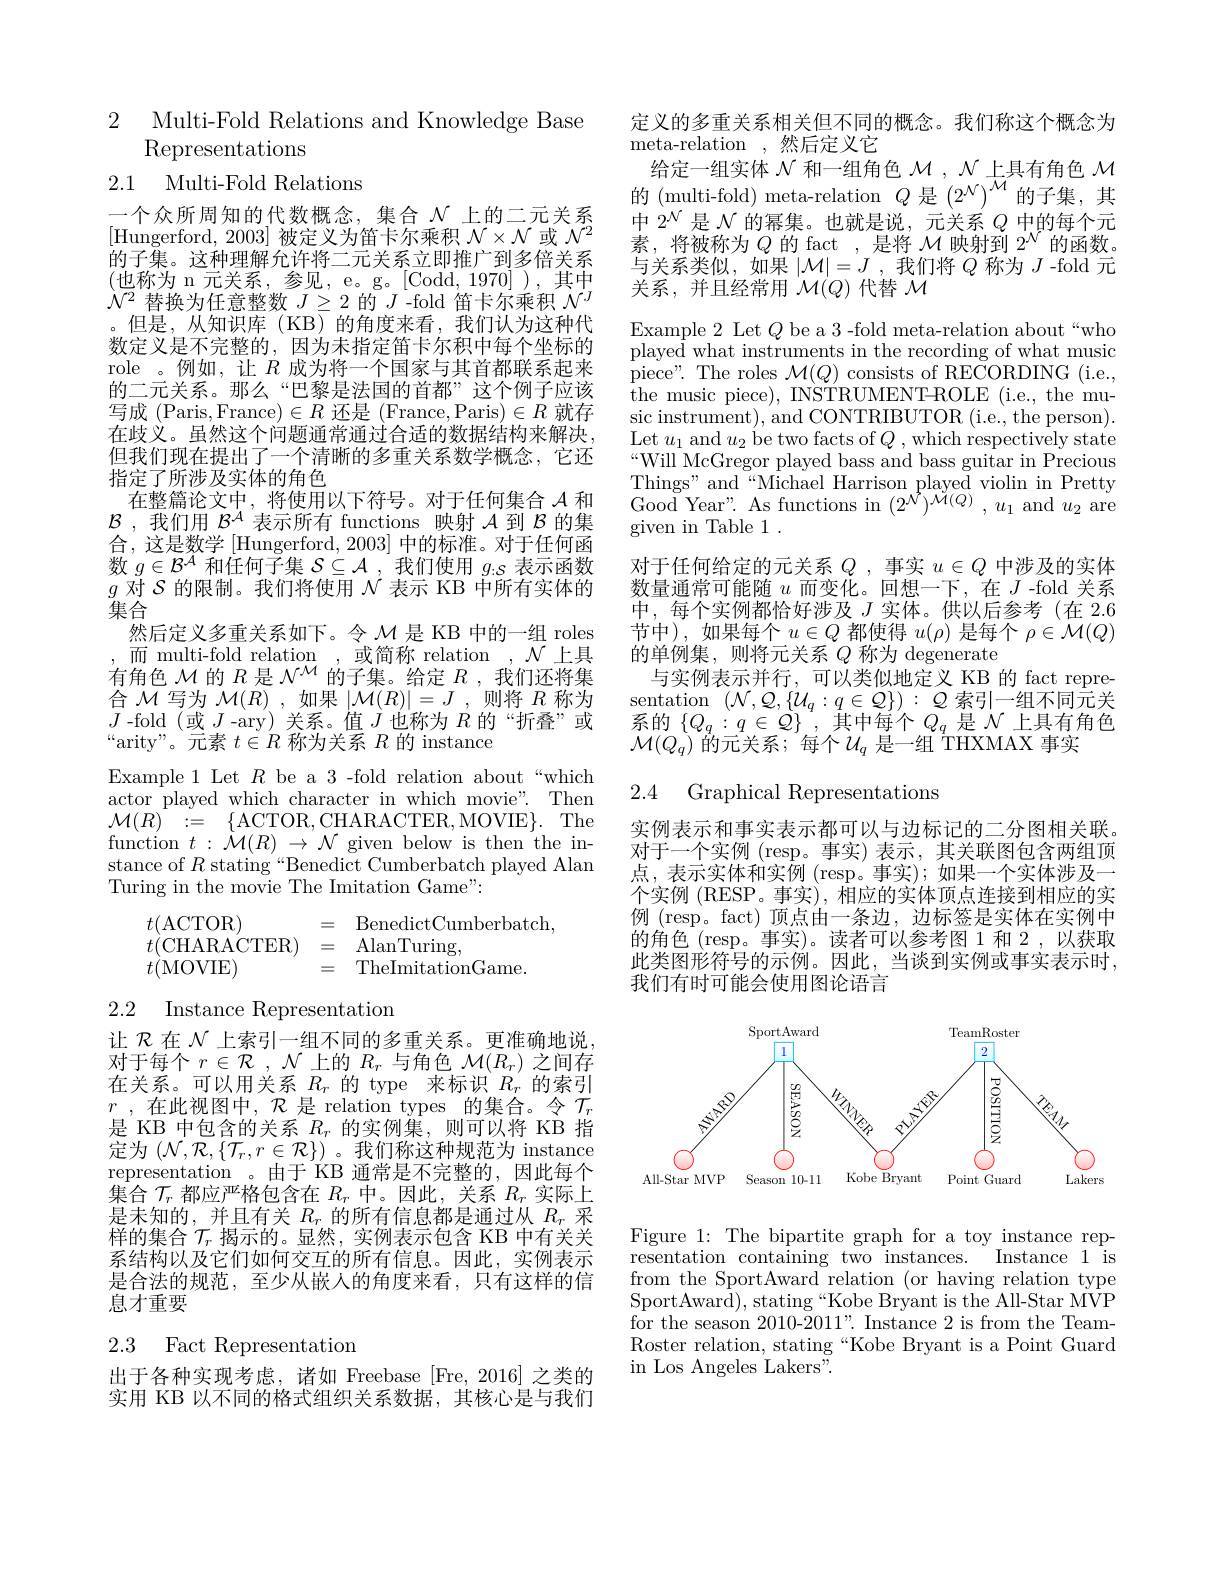
2 Multi-Fold Relations and Knowledge Base
# Representations 2.1 Multi-Fold Relations

一个众所周知的代数概念，集合$\mathcal{N}$上的二元关系[Hungerford, 2003] 被定义为笛卡尔乘积$\mathcal{N}\times\mathcal{N}$或$\mathcal{N}^2$ 的子集。这种理解允许将二元关系立即推广到多倍关系(也称为 n 元关系，参见，e。g。[Codd,1970]),其中$\mathcal{N}^2$替换为任意整数$J\geq2$的$J$ -fold 笛卡尔乘积$\mathcal{N}^J$ 。但是，从知识库(KB)的角度来看，我们认为这种代数定义是不完整的，因为未指定笛卡尔积中每个坐标的role 。例如，让$R$成为将一个国家与其首都联系起来的二元关系。那么“巴黎是法国的首都”这个例子应该写成 (Paris,France)$\in R$还是 (France,Paris)$\in R$就存在歧义。虽然这个问题通常通过合适的数据结构来解决， 但我们现在提出了一个清晰的多重关系数学概念，它还指定了所涉及实体的角色
在整篇论文中，将使用以下符号。对于任何集合$\mathcal{A}$和$\mathcal{B}$ ,我们用$\mathcal{B}^\mathcal{A}$表示所有 functions 映射$\mathcal{A}$到$\mathcal{B}$的集合，这是数学[Hungerford, 2003] 中的标准。对于任何函数$g\in\mathcal{B}^{\mathcal{A}}$和任何子集$\mathcal{S}\subseteq\mathcal{A}$,我们使用$g_:\mathcal{S}$表示函数$g$对$\mathcal{S}$的限制。我们将使用$\mathcal{N}$表示 KB 中所有实体的$\bar{\text{集合}}$
然后定义多重关系如下。令$\mathcal{M}$是 KB 中的一组 roles ,而 multi-fold relation ,或简称 relation$,\mathcal{N}$ 上具有角色$\mathcal{M}$的$R$是$\mathcal{N}^\mathcal{M}$的子集。给定$R$ ,我们还将集合$\mathcal{M}$写为$\mathcal{M}(R)$,如果$|\mathcal{M}(R)|=J$,则将$R$称为$J$-fold(或$J$-ary)关系。值$J$也称为$R$的“折叠”或“arity”。元素$t\in R$称为关系$R$的 instance
Example 1 Let $R$ be a 3 -fold relation about“which actor played which character in which movie". Then ${\mathcal{M}(R)}:={\{\mathrm{ACTOR,CHARACTER,MOVIE}\}.}$The function $t:{\dot{\mathcal{M}}}(R)\to{\mathcal{N}}$ given below is then the instance of $R$ stating“ Benedict Cumberbatch played Alan Turing in the movie The Imitation Game":
$$\begin{array}{lll}t(\text{ACTOR})&=&\text{BenedictCumberbatch,}\\t(\text{CHARACTER})&=&\text{AlanTuring,}\\t(\text{MOVIE})&=&\text{TheImitationGame.}\end{array}$$
## 2.2 Instance Representatiom

让$\mathcal{R}$在$\mathcal{N}$上索引一组不同的多重关系。更准确地说对于每个$r\in\mathcal{R}$ , $\mathcal{N}$上的$R_r$与角色$\mathcal{M}(R_r)$之间存在关系。可以用关系$R_r$的 type 来标识$R_r$的索引$r$ ,在此视图中，$\mathcal{R}$是 relation types 的集合。令$\mathcal{T}_r$ 是 KB 中包含的关系$R_r$的实例集，则可以将 KB 指定为$(\mathcal{N},\mathcal{R},\{\mathcal{T}_{r},r\in\mathcal{R}\})$。我们称这种规范为 instance representation 。由于 KB 通常是不完整的，因此每个集合$\mathcal{T}_r$都应严格包含在$R_r$中。因此，关系$R_r$实际上是未知的，并且有关$R_r$的所有信息都是通过从$R_r$采样的集合$\mathcal{T}_r$揭示的。显然，实例表示包含 KB 中有关关系结构以及它们如何交互的所有信息。因此，实例表示是合法的规范，至少从嵌人的角度来看，只有这样的信息才重要

# 2.3 Fact Representation

出于各种实现考虑，诸如 Freebase [Fre,2016] 之类的实用 KB 以不同的格式组织关系数据，其核心是与我们

定义的多重关系相关但不同的概念。我们称这个概念为
meta- relation ,然后定义它
给定一组实体$\mathcal{N}$和一组角色$\mathcal{M},\mathcal{N}$上具有角色$\mathcal{M}$ 的 (multi-fold) meta-relation $Q$是$(2^{\mathcal{N}})^{\mathcal{M}}$的子集，其中$2^{\mathcal{N}}$是$\mathcal{N}$的幂集。也就是说，元关系$Q$中的每个元素，将被称为$Q$的 fact ,是将$\mathcal{M}$映射到$2^{\mathcal{N}}$的函数。与关系类似，如果$|\mathcal{M}|=J$ ,我们将$Q$称为$J$ -fold 元关系，并且经常用$\mathcal{M}(Q)$代替$\mathcal{M}$

Example 2 Let $Q$ be a 3 -fold meta-relation about“who played what instruments in the recording of what music sic instrument), and CONTRIBUTOR (i.e., the person). $\begin{array}{l}\mathrm{Let~}u_{1}\mathrm{~and~}u_{2}\mathrm{~be~two~facts~of~}Q\mathrm{~,~which~respectively~state}\\\mathrm{“Will~McGregor~played~bass~and~bass~guitar~in~Precious}\end{array}$ Things" and“Michael Harrison played violin in Pretty Good Year". As functions in $(2^{\mathcal{N}})^{\mathcal{M}(Q)},u_{1}$ and $u_{2}$ are given in Table 1 .
对于任何给定的元关系$Q$ ,事实$u\in Q$中涉及的实体数量通常可能随$u$而变化。回想一下，在$J$ -fold 关系中，每个实例都恰好涉及$J$实体。供以后参考(在 2.6节中),如果每个$u\in Q$都使得$u(\rho)$是每个$\rho\in\mathcal{M}(Q)$ 的单例集，则将元关系$Q$称为 degenerate
与实例表示并行，可以类似地定义 KB 的 fact representation $(\mathcal{N},\mathcal{Q},\{\mathcal{U}_q:q\in\mathcal{Q}\}):\mathcal{Q}$索引一组不同元关系的$\{Q_q:q\in Q\}$,其中每个$Q_q$是$\mathcal{N}$上具有角色$\mathcal{M}(Q_{q})$ 的元关系；每个$U_q$ 是一组 THXMAX 事实
2.4 Graphical Representations

实例表示和事实表示都可以与边标记的二分图相关联对于一个实例 (resp。事实) 表示，其关联图包含两组顶点，表示实体和实例 (resp。事实);如果一个实体涉及一个实例 (RESP。事实), 相应的实体顶点连接到相应的实例 (resp。fact) 顶点由一条边，边标签是实体在实例中的角色(resp。事实)。读者可以参考图 1 和 2,以获取此类图形符号的示例。因此，当谈到实例或事实表示时， 我们有时可能会使用图论语言

<FigureHere>

Figure 1: The bipartite graph for a toy instance rep-
Instance 1 is
resentation containing two instances.
from the SportAward relation (or having relation type SportAwar$\bar{\mathrm{d}})$,stating“Kobe Bryant is the All-Star MVP for the season 2010-2011". Instance 2 is from the TeamRoster relation, stating“Kobe Bryant is a Point Guard in Los Angeles Lakers".